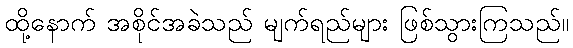
ထို့နောက် အစိုင်အခဲသည် မျက်ရည်များ ဖြစ်သွားကြသည်။